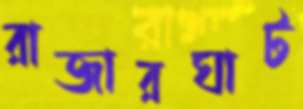
রাজারঘাট